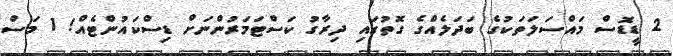
2 ޑީޑޮސް މައްސަލަތަކުގެ ބަދަލެއްގެ ގޮތުގައި ދިރާގު ކަސްޓަމަރުންނަށް ޑިސްކައުންޓެއް! 1 މަސް